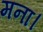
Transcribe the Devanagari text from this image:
मना।